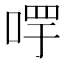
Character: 𠵄